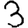
Digit: 3